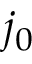
j _ { 0 }